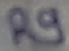
Text: R9